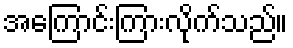
အကြောင်းကြားလိုက်သည်။